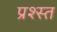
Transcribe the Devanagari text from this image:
प्रश्स्त